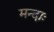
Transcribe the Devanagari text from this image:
मन्दाः